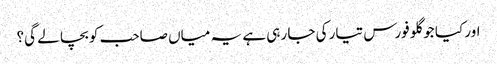
اور کیا جو گلو فورس تیار کی جا رہی ہے یہ میاں صاحب کو بچا لے گی؟